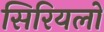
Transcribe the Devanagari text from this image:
सिरियलों